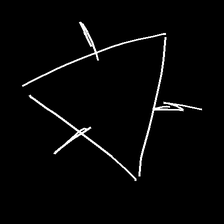
Glyph: fire